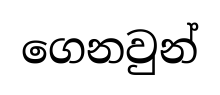
ගෙනවුන්